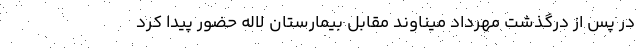
در پس از درگذشت مهرداد میناوند مقابل بیمارستان لاله حضور پیدا کرد